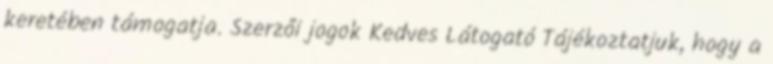
keretében támogatja. Szerzői jogok Kedves Látogató Tájékoztatjuk, hogy a